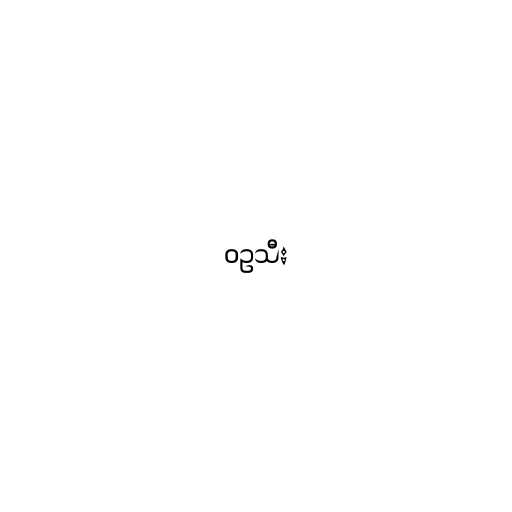
ဝဥသီး